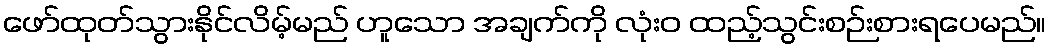
ဖော်ထုတ်သွားနိုင်လိမ့်မည် ဟူသော အချက်ကို လုံးဝ ထည့်သွင်းစဉ်းစားရပေမည်။